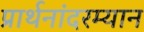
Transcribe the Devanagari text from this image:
प्रार्थनांदरम्यान